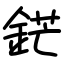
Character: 鋩